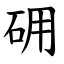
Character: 砽